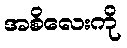
အစိလေးကို